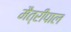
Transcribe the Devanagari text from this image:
मैत्रीपाल